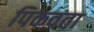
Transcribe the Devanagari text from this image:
पिकवता